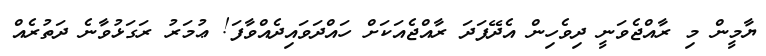
ޔާމީން މި ރާއްޖެވަނީ ދިވެހިން އެދޭފަދަ ރާއްޖެއަކަށް ހައްދަވައިދެއްވާފަ! ޢުމަރު ރަގަޅުވާނެ ދަތުރެއް